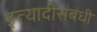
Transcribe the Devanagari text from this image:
इत्यादीसंबंधी